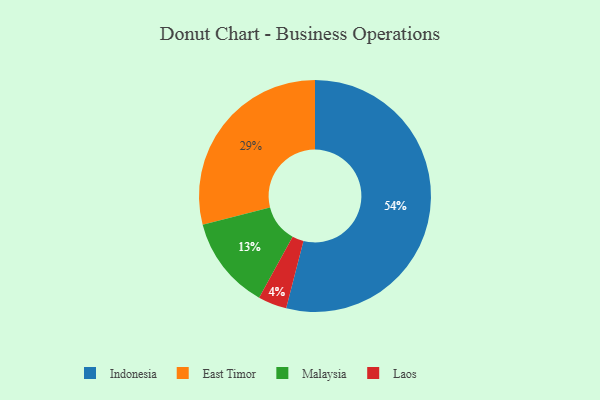
{"axis": {"x": "Category", "y": "Percentage"}, "legend": ["East Timor", "Indonesia", "Laos", "Malaysia"], "data": [{"x": "Laos", "y": 4, "type": "Laos"}, {"x": "Indonesia", "y": 54, "type": "Indonesia"}, {"x": "East Timor", "y": 29, "type": "East Timor"}, {"x": "Malaysia", "y": 13, "type": "Malaysia"}]}